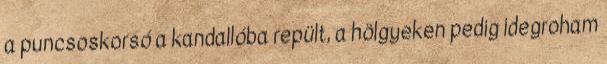
a puncsoskorsó a kandallóba repült, a hölgyeken pedig idegroham